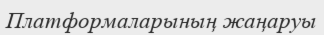
Платформаларының жаңаруы